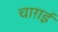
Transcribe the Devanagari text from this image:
चाग़ई